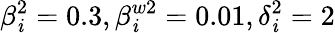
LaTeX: \beta_{\mathit{i}}^{2}=0.3,\beta_{\mathit{i}}^{w2}=0.01,\delta_{\mathit{i}}^{2}=2